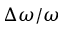
\Delta \omega / \omega